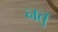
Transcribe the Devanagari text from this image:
नतु